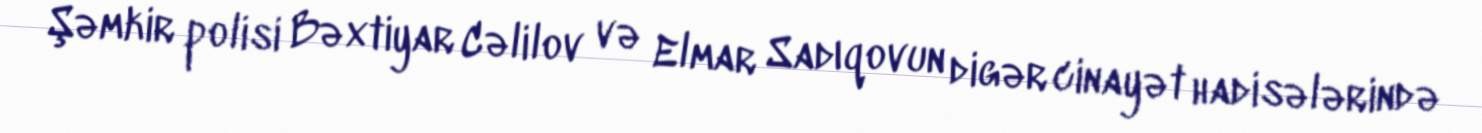
Şəmkir polisi Bəxtiyar Cəlilov və Elmar Sadıqovun digər cinayət hadisələrində